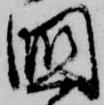
国